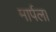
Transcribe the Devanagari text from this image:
मार्पल।